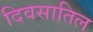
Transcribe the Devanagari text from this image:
दिवसातिल